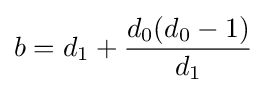
b=d_{1}+{\frac {d_{0}(d_{0}-1)}{d_{1}}}